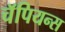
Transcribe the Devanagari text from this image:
चॅपियन्स